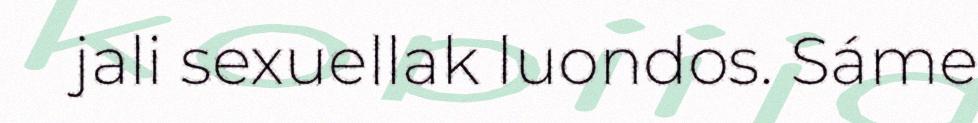
jali sexuellak luondos. Sáme